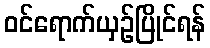
ဝင်ရောက်ယှဉ်ပြိုင်ရန်